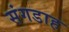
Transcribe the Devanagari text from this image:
संगडाह